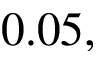
0 . 0 5 ,